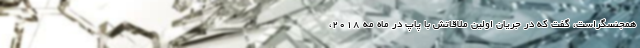
همجنسگراست، گفت که در جریان اولین ملاقاتش با پاپ در ماه مه ۲۰۱۸،